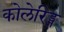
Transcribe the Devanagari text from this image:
कोलेरिड्ज